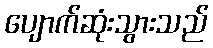
ပျောက်ဆုံးသွားသည်